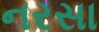
નરસા